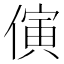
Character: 𪝤